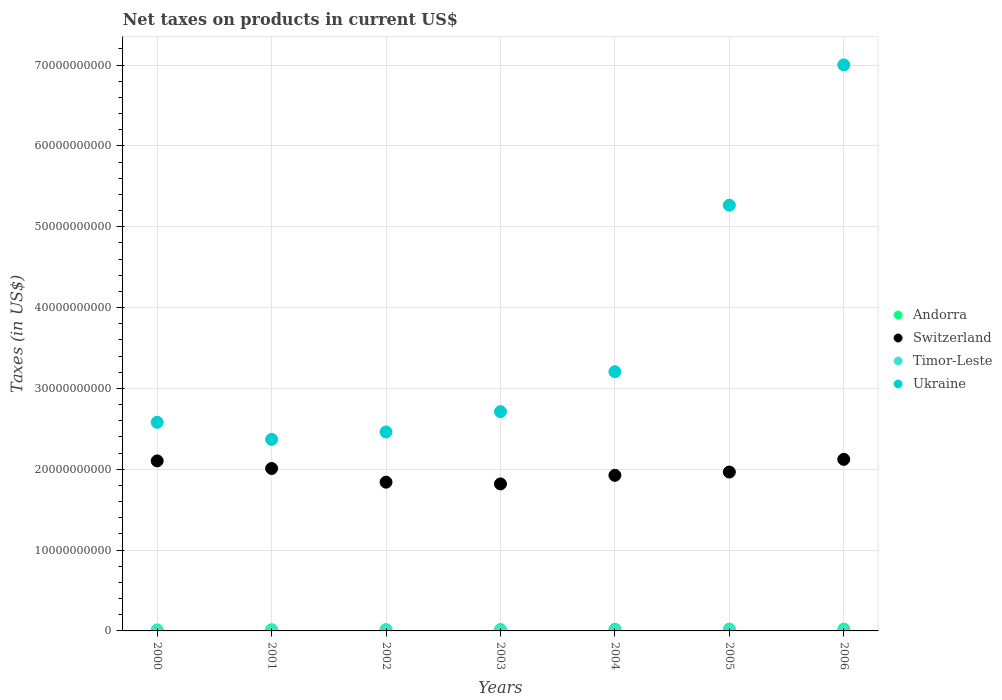
| Years | Andorra | Switzerland | Timor-Leste | Ukraine |
 | --- | --- | --- | --- | --- |
 | 2000 | 1.24e+08 | 2.1e+10 | 5e+06 | 2.58e+10 |
 | 2001 | 1.47e+08 | 2.01e+10 | 8e+06 | 2.37e+10 |
 | 2002 | 1.66e+08 | 1.84e+10 | 1.2e+07 | 2.46e+10 |
 | 2003 | 1.74e+08 | 1.82e+10 | 1.5e+07 | 2.71e+10 |
 | 2004 | 2e+08 | 1.92e+10 | 1.6e+07 | 3.21e+10 |
 | 2005 | 2.24e+08 | 1.97e+10 | 1.2e+07 | 5.27e+10 |
 | 2006 | 2.23e+08 | 2.12e+10 | -1e+06 | 7e+10 |